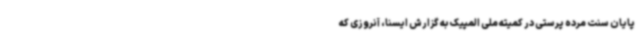
پایان سنت مرده پرستی در کمیته ملی المپیک به گزارش ایسنا،‌ آنروزی که